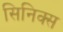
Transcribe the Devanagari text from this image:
सिनिक्स